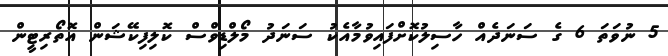
5 ނުވަތަ 6 ގެ ސަނަދެއް ހާސިލުކޮށްފައިވުމާއެކު ސަނަދު މޯލްޑިވްސް ކޮލިފިކޭޝަން އޮތޯރިޓީން